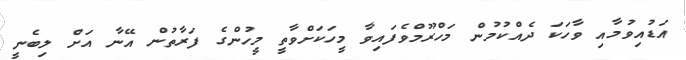
އަޑުއިވުމާއި ވާހަކަ ދެއްކުމުން މަހްރޫމްވެފައިވާ މީހަކަށްވާތީ މީހުންގެ ފަރާތުން އޭނާ އަށް ލިބެނީ